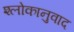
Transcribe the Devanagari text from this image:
श्‍लोकानुवाद